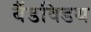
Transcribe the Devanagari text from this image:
बैंडविडथ